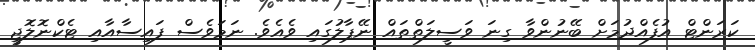
ކަރަންޓް އުފެއްދުމަަށް ބޭނުންވާ ގިނަ ވަސީލަތްތައް ނޭޕާލުގައި ވެއެވެ. ނަމަވެސް ފައިސާއާއި ޓެކްނޮލޮޖީ